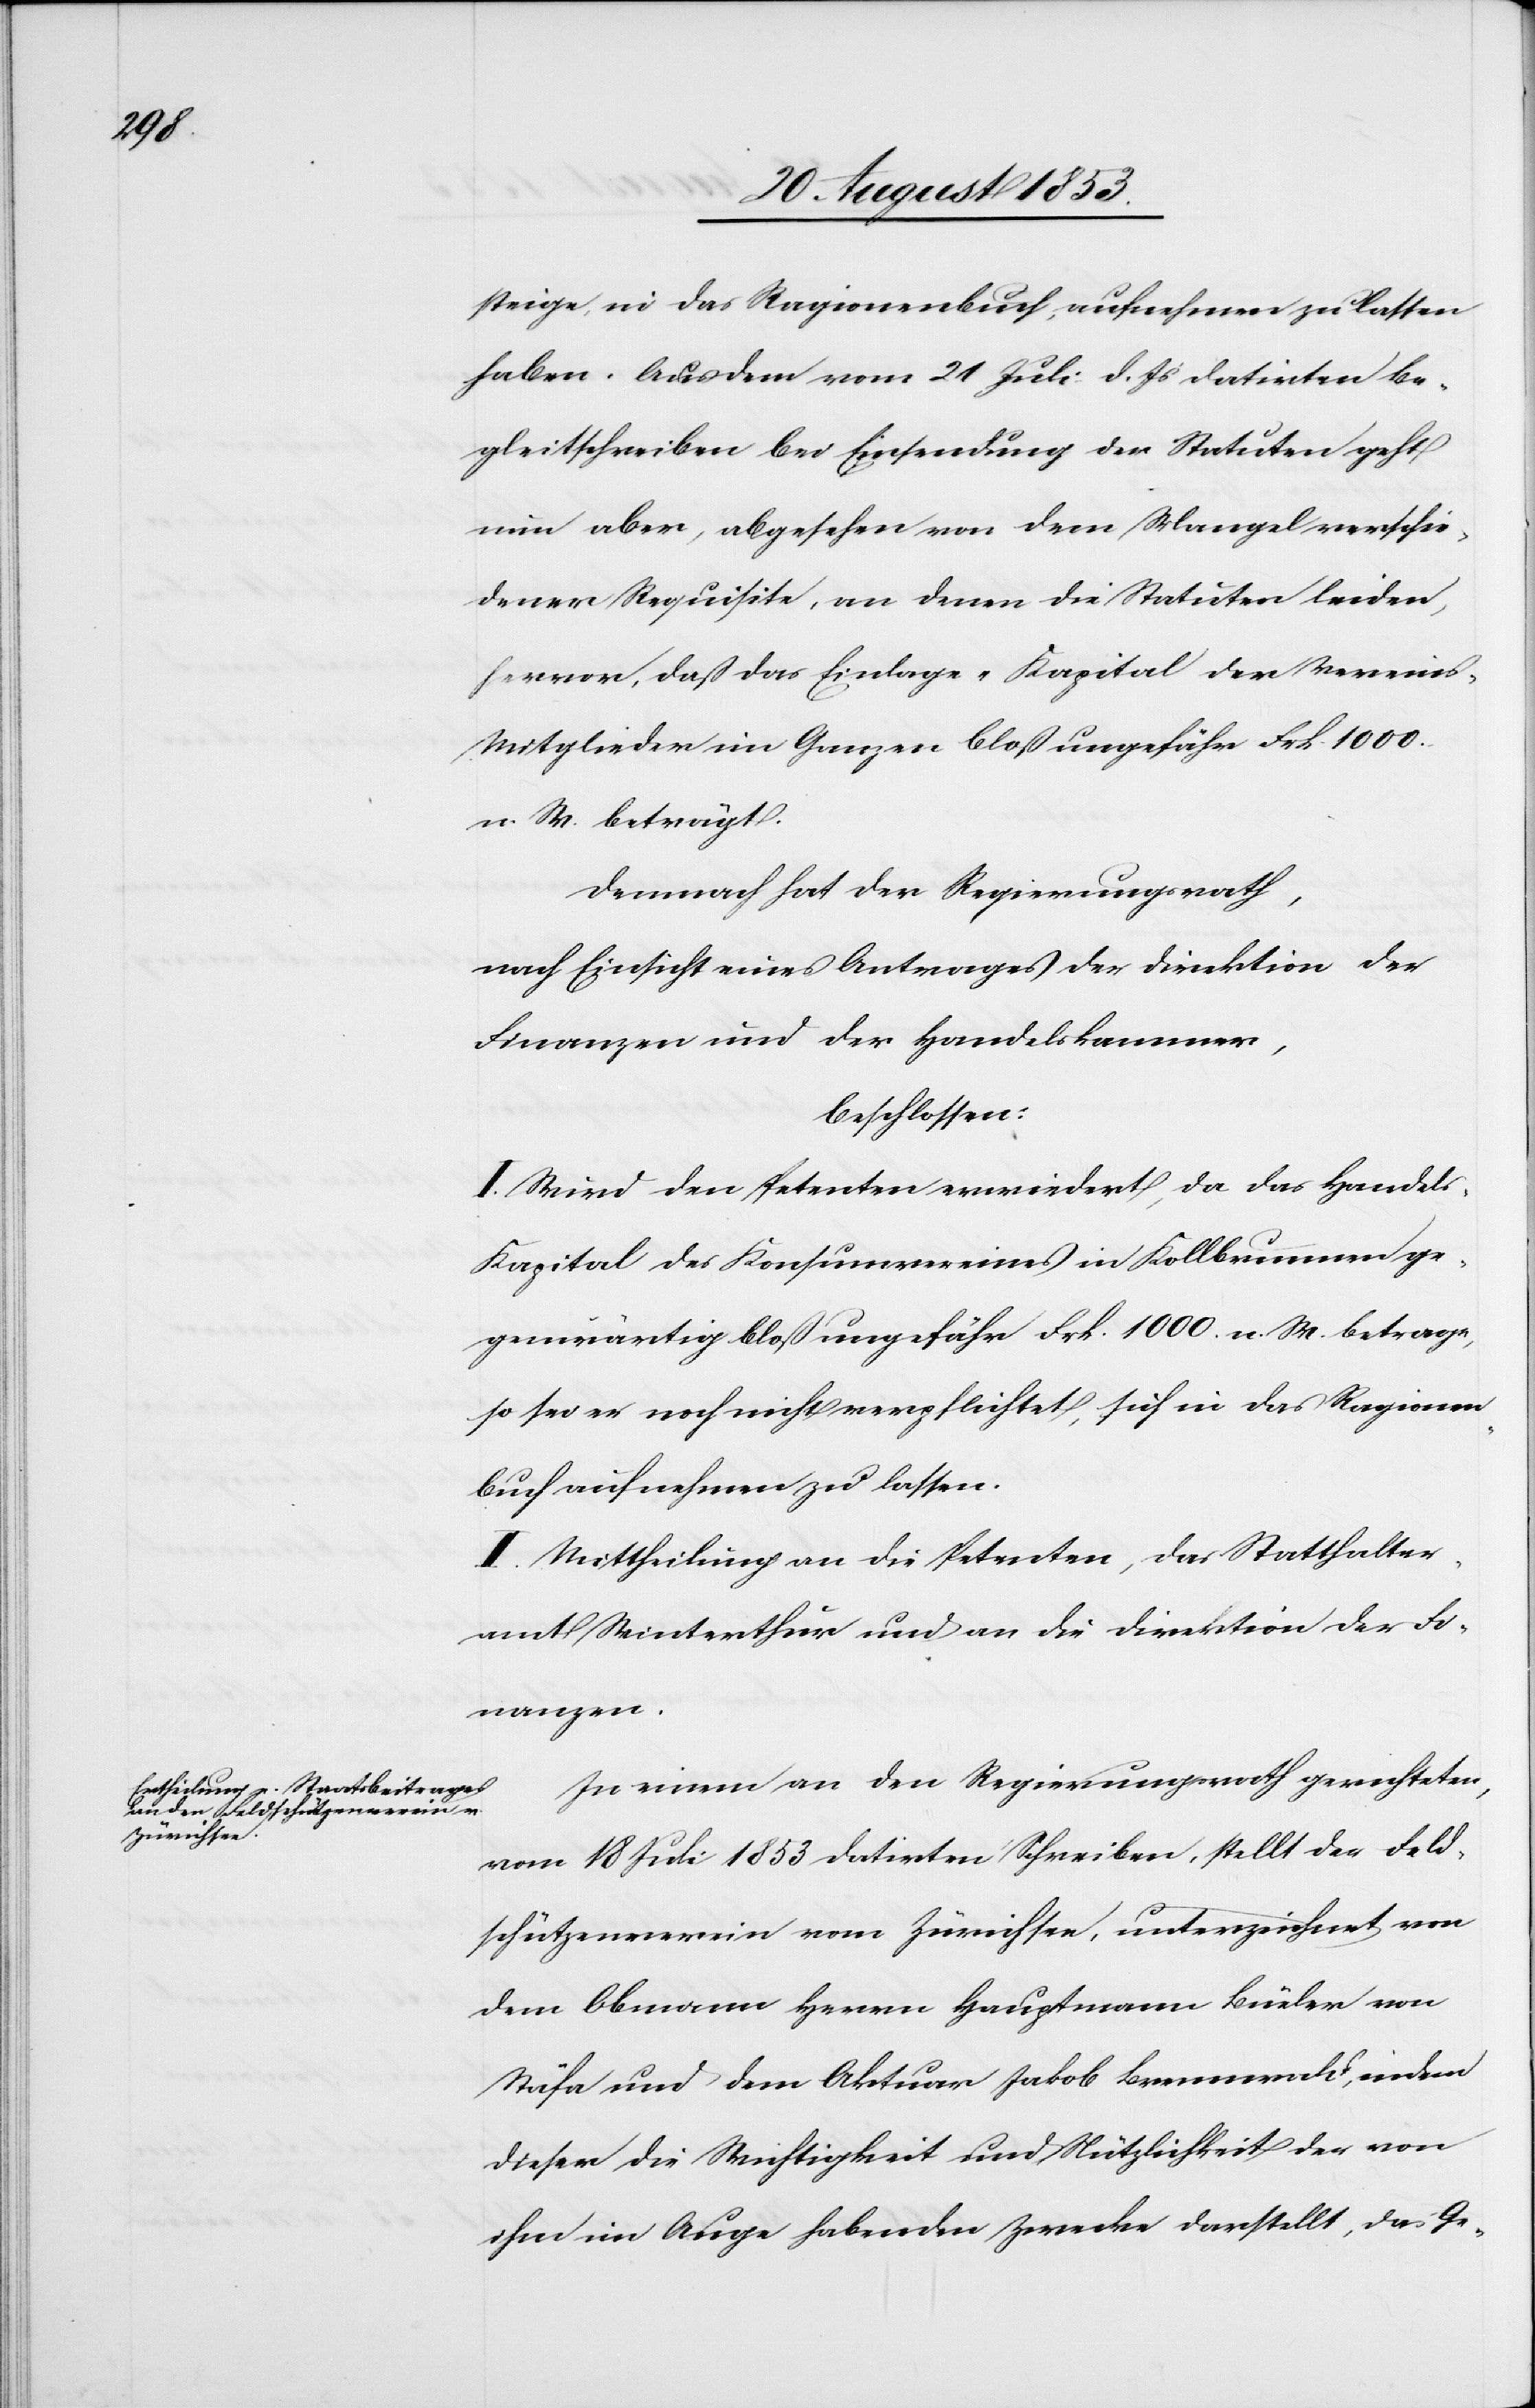
der

steige, in das Ragionenbuch, aufnehmen zu lassen
haben. Aus dem vom 21 Juli d. Js. datirten Be¬
gleitschreiben bei Einsendung der Statuten geht
nun aber, abgesehen von dem Mangel verschie¬
dener Requisite, an denen die Statuten leiden,
hervor, daß das Einlage-Kapital der Vereins-M¬
itglieder im Ganzen bloß ungefähr Frk. 1000.
n. W. beträgt.
Demnach hat der Regierungsrath,
nach Einsicht eines Antrages der Direktion der
beschlossen:
I. Wird den Petenten erwiedert, da das Handel¬
s-Kapital des Konsumvereines in Kollbrunnen ge¬
genwärtig bloß ungefähr Frk. 1000 n. W. betrage,
so sei er noch nicht verpflichtet, sich in das Ragionen¬
buch aufnehmen zu lassen.
II. Mittheilung an die Petenten, das Statthalter¬
amt Winterthur und an die Direktion der Fi¬
nanzen.
In einem an den Regierungsrath gerichteten,
vom 18 Juli 1853 datirten Schreiben, stellt der Feld¬
schützenverein vom Zürichsee, unterzeichnet von
dem Obmann Herrn Hauptmann Büeler von
Stäfa und dem Aktuar Jakob Brennwald, indem
dieser die Wichtigkeit und Nützlichkeit der von
ihm im Auge habenden Zwecke darstellt, das Ge-